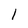
Character: 1